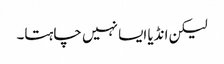
لیکن انڈیا ایسا نہیں چاہتا۔